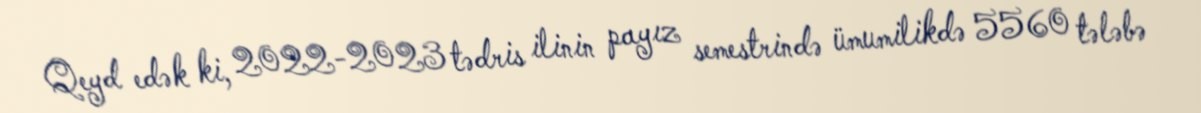
Qeyd edək ki, 2022-2023 tədris ilinin payız semestrində ümumilikdə 5560 tələbə